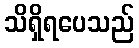
သိရှိရပေသည်